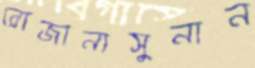
রোজানাসুনান